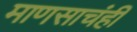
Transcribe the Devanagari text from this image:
माणसाचंही